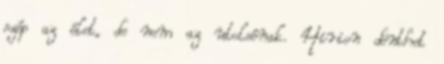
szép az élet, de nem az utolsónak. Hirion dönthet